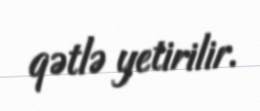
qətlə yetirilir.